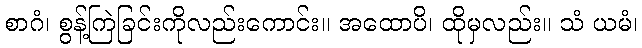
စာဂံ၊ စွန့်ကြဲခြင်းကိုလည်းကောင်း။ အထောပိ၊ ထိုမှလည်း။ သံ ယမံ၊